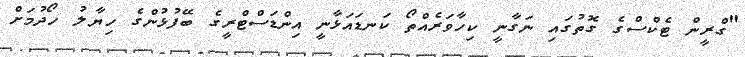
"ގްރީން ޓެކްސްގެ ގޮތުގައި ނަގާނީ ކިހާވަރެއްތޯ ކަނޑައަޅާނީ އިންޑަސްޓްރީގެ ބޭފުޅުންގެ ހިޔާލު ހޯދުމަށް